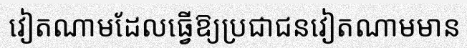
វៀតណាមដែលធ្វើឱ្យប្រជាជនវៀតណាមមាន